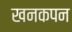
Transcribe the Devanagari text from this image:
खनकपन